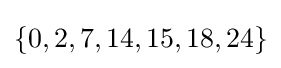
\{0,2,7,14,15,18,24\}